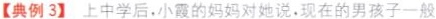
【典例3】上中学后，小霞的妈妈对她说，现在的男孩子一般